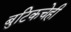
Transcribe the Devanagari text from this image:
बुटिकचेही